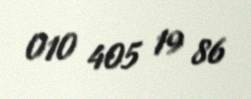
010 405 19 86